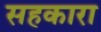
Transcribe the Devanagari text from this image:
सहकारा